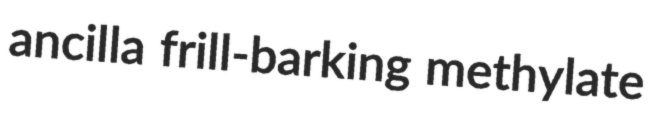
ancilla frill-barking methylate